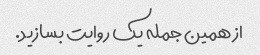
از همین جمله یک روایت بسازید.